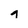
Character: g